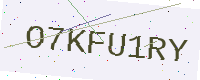
Text: O7KFU1RY